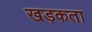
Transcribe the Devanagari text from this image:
खड़कता